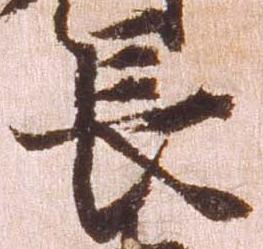
長